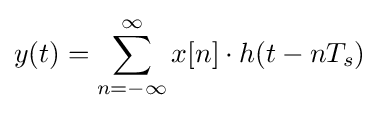
y(t)=\sum _{n=-\infty }^{\infty }x[n]\cdot h(t-nT_{s})